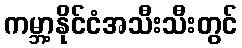
ကမ္ဘာ့နိုင်ငံအသီးသီးတွင်